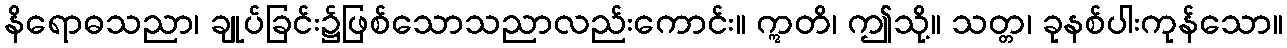
နိရောဓသညာ၊ ချုပ်ခြင်း၌ဖြစ်သောသညာလည်းကောင်း။ ဣတိ၊ ဤသို့။ သတ္တ၊ ခုနစ်ပါးကုန်သော။